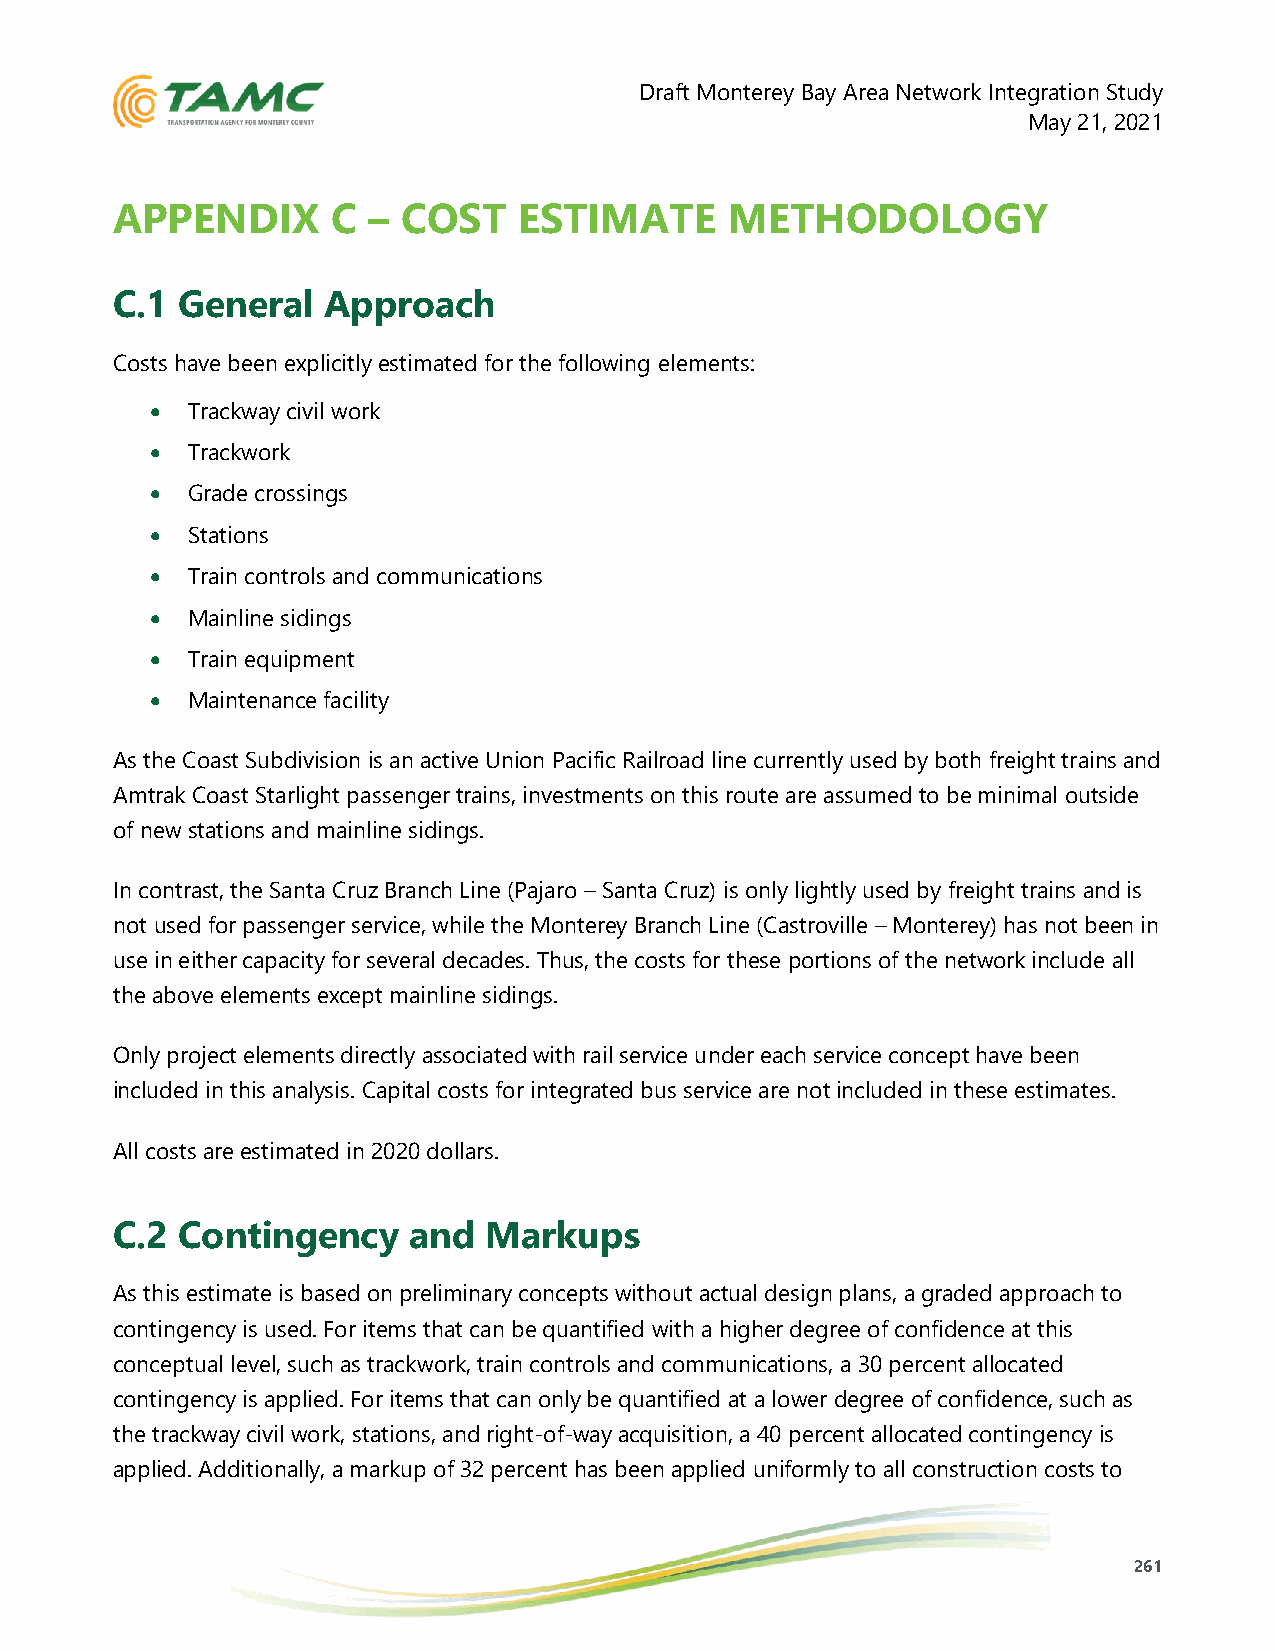
Draft Monterey Bay Area Network Integration Study
 May 21, 2021
 APPENDIX       C –  COST   ESTIMATE      METHODOLOGY
 C.1  General  Approach
 Costs have been explicitly estimated for the following elements:
 • Trackway civil work
 • Trackwork
 • Grade crossings
 • Stations
 • Train controls and communications
 • Mainline sidings
 • Train equipment
 • Maintenance facility
 As the Coast Subdivision is an active Union Pacific Railroad line currently used by both freight trains and
 Amtrak Coast Starlight passenger trains, investments on this route are assumed to be minimal outside
 of new stations and mainline sidings.
 In contrast, the Santa Cruz Branch Line (Pajaro – Santa Cruz) is only lightly used by freight trains and is
 not used for passenger service, while the Monterey Branch Line (Castroville – Monterey) has not been in
 use in either capacity for several decades. Thus, the costs for these portions of the network include all
 the above elements except mainline sidings.
 Only project elements directly associated with rail service under each service concept have been
 included in this analysis. Capital costs for integrated bus service are not included in these estimates.
 All costs are estimated in 2020 dollars.
 C.2  Contingency    and  Markups
 As this estimate is based on preliminary concepts without actual design plans, a graded approach to
 contingency is used. For items that can be quantified with a higher degree of confidence at this
 conceptual level, such as trackwork, train controls and communications, a 30 percent allocated
 contingency is applied. For items that can only be quantified at a lower degree of confidence, such as
 the trackway civil work, stations, and right-of-way acquisition, a 40 percent allocated contingency is
 applied. Additionally, a markup of 32 percent has been applied uniformly to all construction costs to
 261